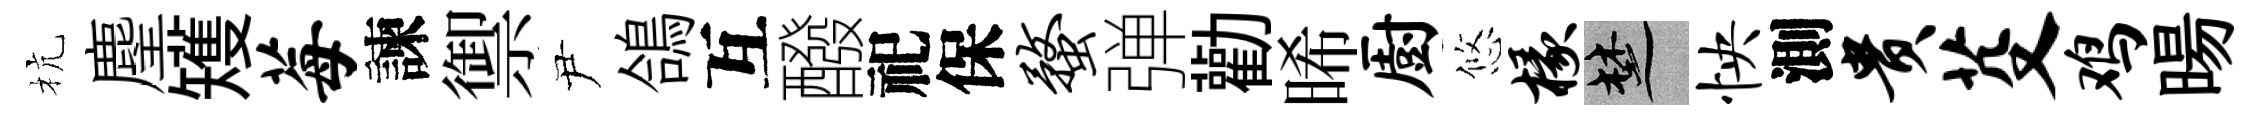
杭麈矱莓諫禦尹鴿互醱祀保蝥弹勸晞厨悠椽楚怏測贵芟鸡暘